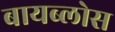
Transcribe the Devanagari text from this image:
बायब्लोस